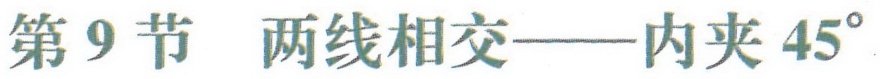
第9节 两线相交——内夹\(45^{\circ}\)